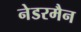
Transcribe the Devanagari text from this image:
नेडरमैन